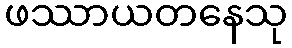
ဖဿာယတနေသု